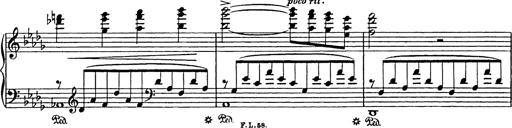
Title: Consolations
Composer: Franz Liszt